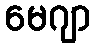
မေဂျာ